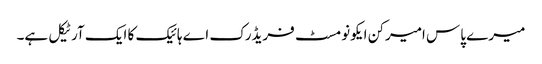
میرے پاس امیرکن ایکونومسٹ فریڈرک اے ہائیک کا ایک آرٹیکل ہے۔